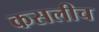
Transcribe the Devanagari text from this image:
कसलीच